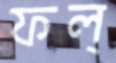
ফল্‌